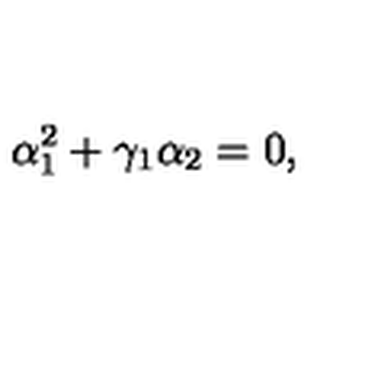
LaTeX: \alpha _ { 1 } ^ { 2 } + \gamma _ { 1 } \alpha _ { 2 } = 0 ,